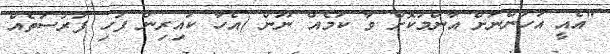
"އެއީ އަހަންނަށް އާންމުކޮށް ވާ ކަމެއް ނޫން (އެހާ ކައިރިން ފަހި ފުރުސަތެއް